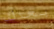
بعدك